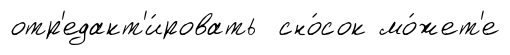
отр'едакт'и́ровать сно́сок мо́жет'е